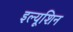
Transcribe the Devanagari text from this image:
इल्यूशिन